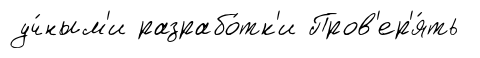
уч́ным'и разрабо́тк'и Пров'ер'я́ть